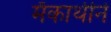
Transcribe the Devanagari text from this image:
मॅकार्थीने